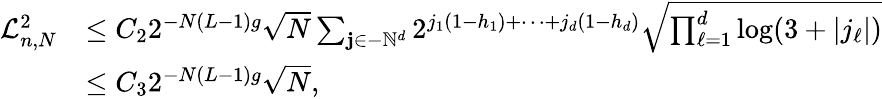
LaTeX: \begin{array}{rl}{\mathcal{L}_{n,N}^{2}}&{\leq C_{2}2^{-N(L-1)g}\sqrt{N}\sum_{\mathbf{j}\in-\mathbb{N}^{d}}2^{j_{1}(1-h_{1})+\cdots+j_{d}(1-h_{d})}\sqrt{\prod_{\ell=1}^{d}\log(3+|j_{\ell}|)}}\\ &{\leq C_{3}2^{-N(L-1)g}\sqrt{N},}\end{array}